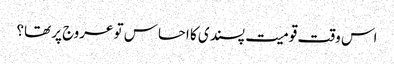
اس وقت قومیت پسندی کا احساس تو عروج پر تھا؟